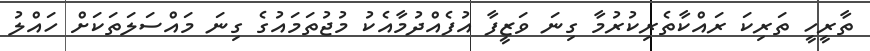
ތާރީހީ ތަރިކަ ރައްކާތެރިކުރުމާ ގިނަ ވަޒީފާ އުފެއްދުމާއެކު މުޖުތަމައުގެ ގިނަ މައްސަލަތަކަށް ހައްލު